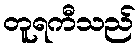
တူရကီသည်